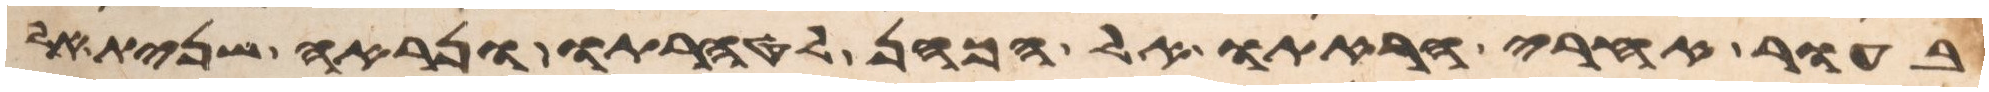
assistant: בעור אחרי הראתו אל הכהן לטהרתו ונראה שנית אל